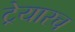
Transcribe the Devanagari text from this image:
ट्रेयारच